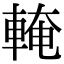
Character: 𨌧